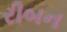
રીબન